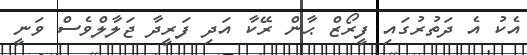
އެކު އެ ދަތުރުގައި ފީރޯޒް ޙާން ރޭކާ އަދި ފަރީދާ ޖަލާލްވެސް ވަނީ